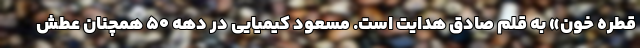
قطره خون» به قلم صادق هدايت است. مسعود کیمیایی در دهه 50 همچنان عطش